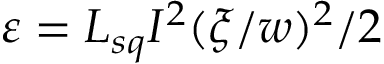
\varepsilon = L _ { s q } I ^ { 2 } ( \xi / w ) ^ { 2 } / 2